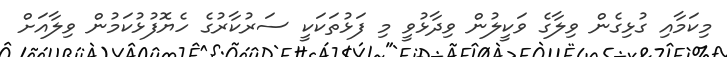
މިކަމާއި ގުޅިގެން ވިލާގެ ވަކީލުން ވިދާޅުވީ މި ފަޅުތަކަކީ ސަރުކާރުގެ ހެޔޮފުޅުކަމުން ވިލާއަށް